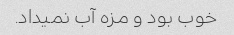
خوب بود و مزه آب نمیداد.